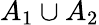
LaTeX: A_{1}\cup A_{2}